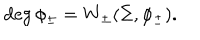
LaTeX: \deg \phi _ { \pm } = W _ { \pm } ( \Sigma , \phi _ { \pm } ) .